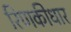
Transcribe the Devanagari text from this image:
रिणकीधार